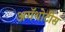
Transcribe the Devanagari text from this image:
अगॅथोटीस